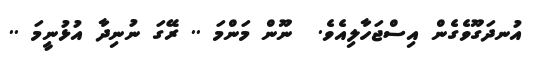
އުނދަގޫވެގެން އިސްޖަހާލިއެވެ.  ނޫން މަންމަ .. ރޭގަ ނުނިދާ އުޅުނީމަ ..